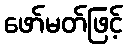
ဖော်မတ်ဖြင့်